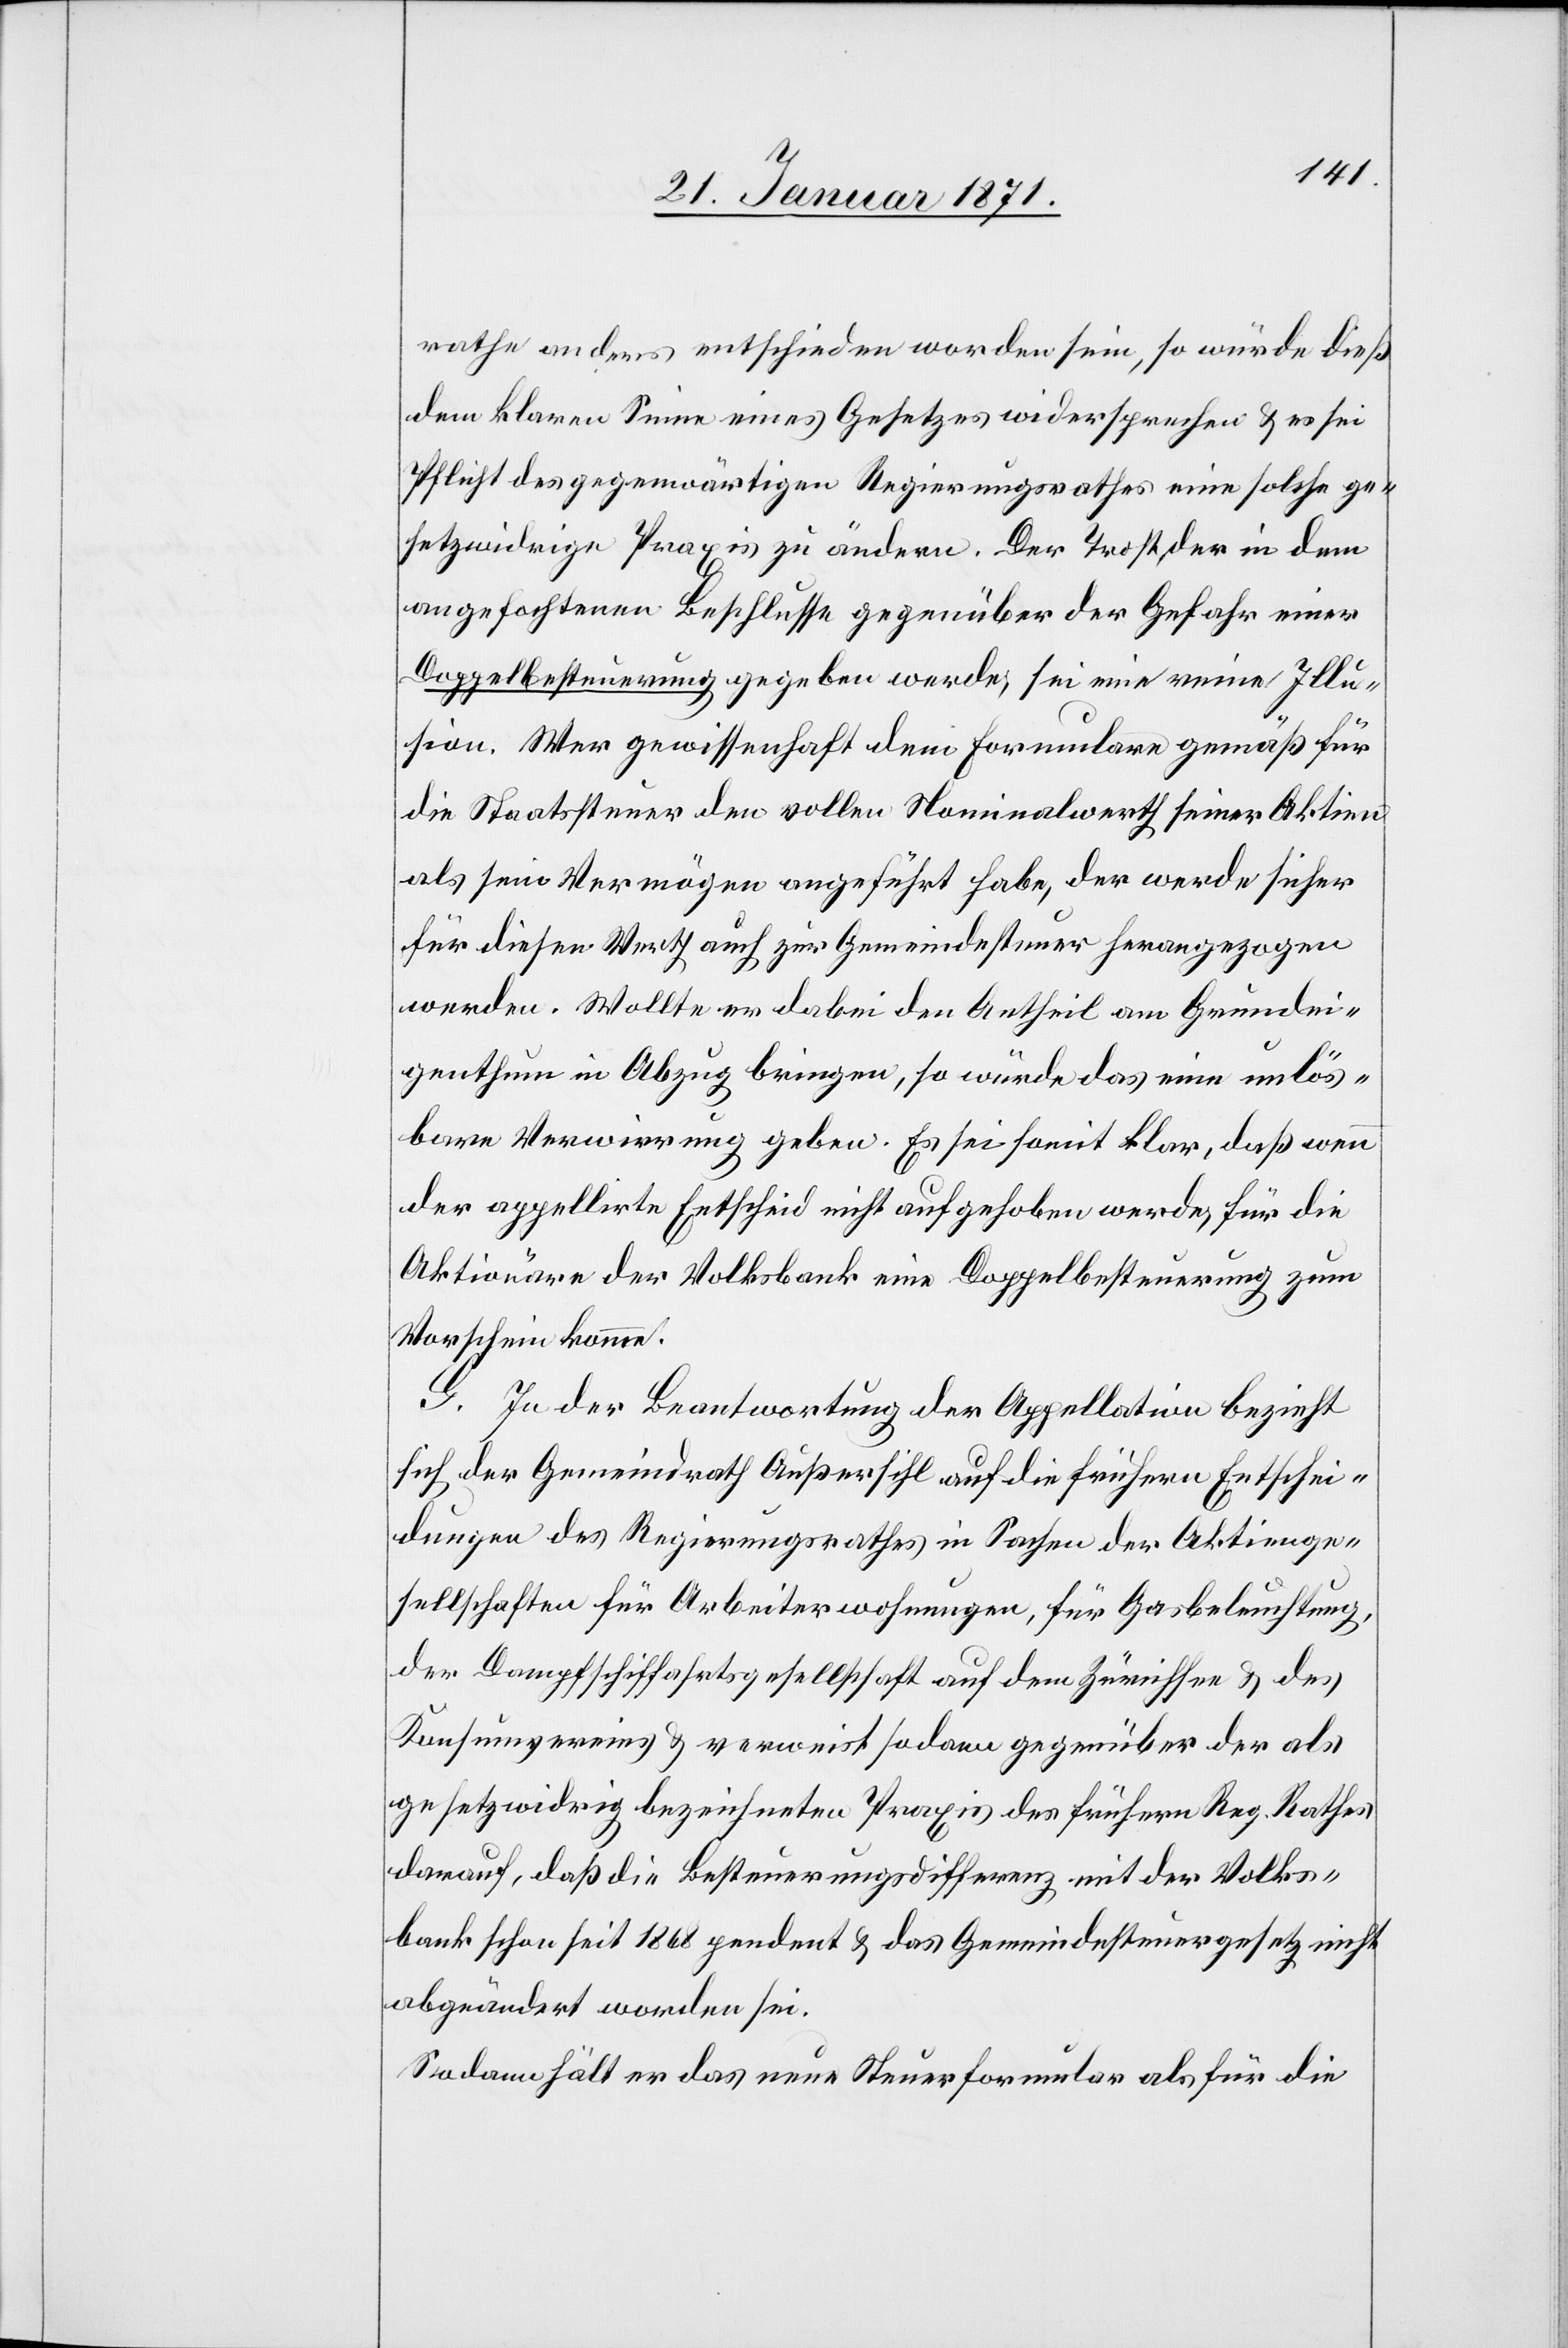
rathe anders entschieden worden sein, so würde dieß
dem klaren Sinne eines Gesetzes widersprechen u. es sei
Pflicht des gegenwärtigen Regierungsrathes eine solche ge¬
setzwidrige Praxis zu ändern. Der Trost, der in dem
angefochtenen Beschlusse gegenüber der Gefahr einer
Doppelbesteuerung gegeben werde, sei eine reine Illu¬
sion. Wer gewissenhaft dem Formular gemäß für
die Staatssteuer den vollen Nominalwerth seiner Aktien
als sein Vermögen angeführt habe, der werde sicher
für diesen Werth auch zur Gemeindesteuer herangezogen
werden. Wollte er dabei den Antheil am Grundei¬
genthum in Abzug bringen, so würde das eine unlös¬
bare Verwirrung geben. Es sei somit klar, daß wenn
der appellirte Entscheid nicht aufgehoben werde, für die
Aktionäre der Volksbank eine Doppelbesteuerung zum
Vorschein käme.
G. In der Beantwortung der Appellation bezieht
sich der Gemeindrath Außersihl auf die frühern Entschei¬
dungen des Regierungsrathes in Sachen der Aktienge¬
sellschaften für Arbeiterwohnungen, für Gasbeleuchtung,
der Dampfschifffahrtsgesellschaft auf dem Zürichsee u. des
Konsumvereins u. verweist sodann gegenüber der als
gesetzwidrig bezeichneten Praxis des frühern Reg. Rathes
darauf, daß die Besteuerungsdifferenz mit der Volks¬
bank schon seit 1868 pendent u. das Gemeindesteuergesetz nicht
abgeändert worden sei.
Sodann hält er das neue Steuerformular als für die